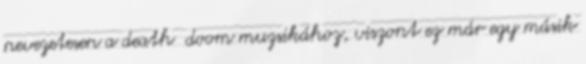
nevezetesen a death doom muzsikához, viszont ez már egy másik